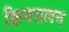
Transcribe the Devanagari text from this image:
क्रिमसलन